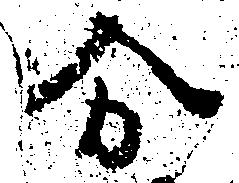
合